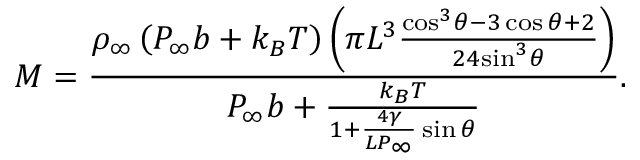
M = \frac { { { \rho } _ { \infty } } \left( { { P } _ { \infty } } { b } + { { k } _ { B } } T \right) \left( { \pi } { { L } ^ { 3 } } \frac { { { \cos } ^ { 3 } } \theta - 3 \cos \theta + 2 } { 2 4 { { \sin } ^ { 3 } } \theta } \right) } { { { P } _ { \infty } } { b } + \frac { { { k } _ { B } } T } { 1 + \frac { 4 \gamma } { L { { P } _ { \infty } } } \sin \theta } } .